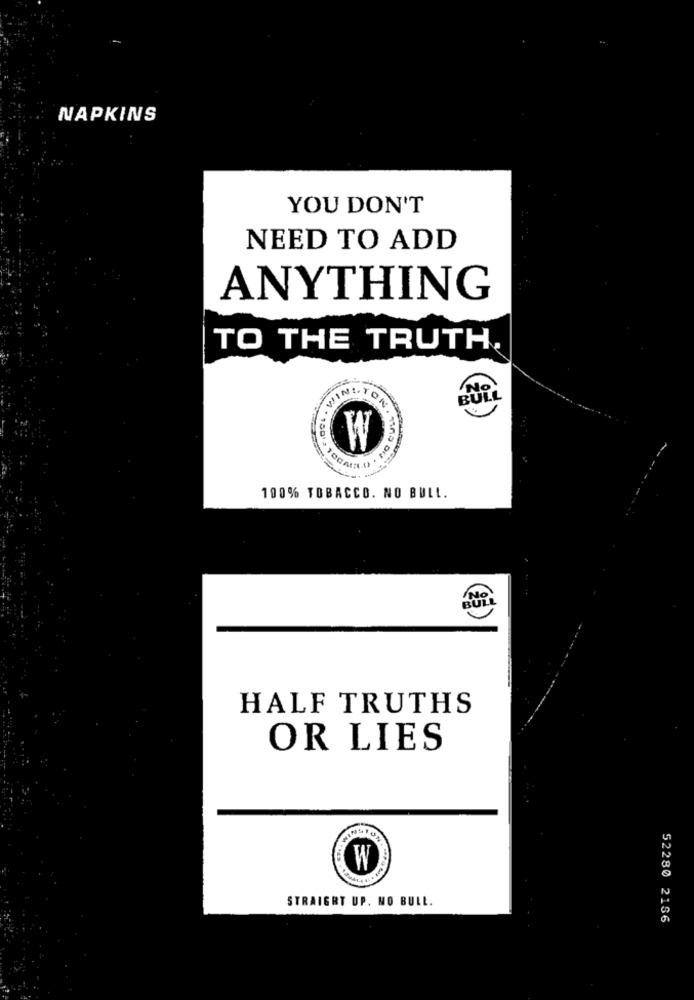
NAPKINS
YOU DON'T
NEED TO ADD
ANYTHING
TO THE TRUTH.
No
WINI.TO
BULL
W
100% TOBACCO. NO BULL.
BULL
No
HALF TRUTHS
OR LIES
W
STRAIGHT UP. NO BULL.
52280 2166